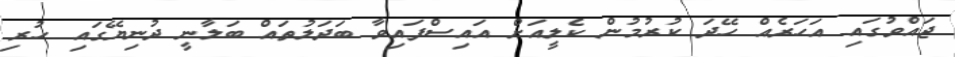
ޖައްވުގައި އަހަރެއް ހޭދަ ކުރުމުން ކެލީއަށް އައިސްފައިވާ ބަދަލުތައް ބަލާނީ ދުނިޔޭގައި ހުރި